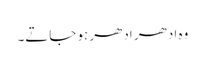
وہ ادھر ادھر ہو جاتے۔